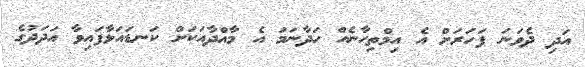
އަދި ދެވަނަ ފަހަރަށް އެ އިމްތިހާނެއް ހަދާނަމަ އެ މާއްދާއަކަށް ކަނޑައަޅާފައިވާ އަދަދުގެ